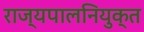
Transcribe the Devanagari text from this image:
राज्यपालनियुक्त